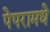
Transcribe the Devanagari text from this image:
पेपरामधे